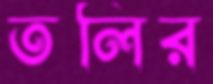
তলির